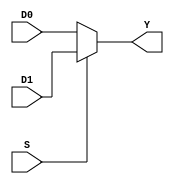
module m21( D0, D1, S, Y);
input wire D0, D1, S;
output reg Y;

always @(*)
begin

if(S) 
Y= D1;
else
Y=D0;

end

endmodule


module d_latch(d,clock,q);
input d,clock;
inout q;

m21 mux1(.D0(q),.D1(d),.S(clock),.Y(q));

endmodule